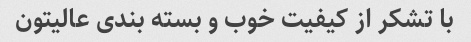
با تشکر از کیفیت خوب و بسته بندی عالیتون